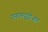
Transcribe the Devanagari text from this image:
एमएमयूडीआर